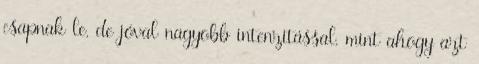
csapnak le, de jóval nagyobb intenzitással, mint ahogy azt